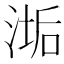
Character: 𬈉